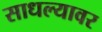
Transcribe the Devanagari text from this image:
साधल्यावर